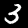
Digit: 3